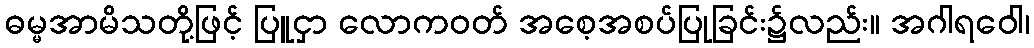
ဓမ္မအာမိသတို့ဖြင့် ပြူငှာ လောကဝတ် အစေ့အစပ်ပြုခြင်း၌လည်း။ အဂါရဝေါ၊